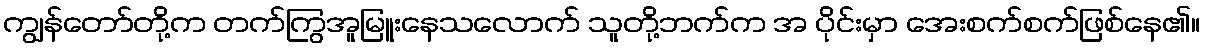
ကျွန်တော်တို့က တက်ကြွအူမြူးနေသလောက် သူတို့ဘက်က အ ပိုင်းမှာ အေးစက်စက်ဖြစ်နေ၏။